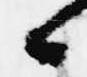
候